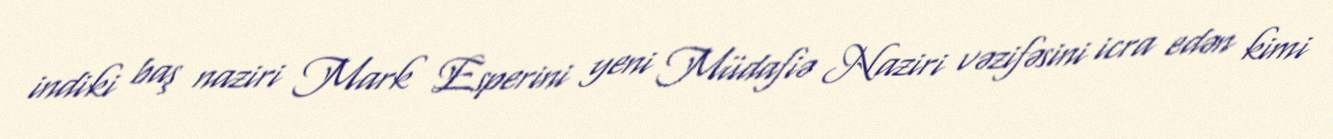
indiki baş naziri Mark Esperini yeni Müdafiə Naziri vəzifəsini icra edən kimi